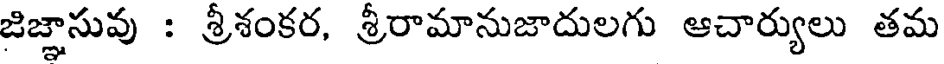
జిజ్ఞాసువు : శ్రీశంకర, శ్రీరామానుజాదులగు ఆచార్యులు తమ